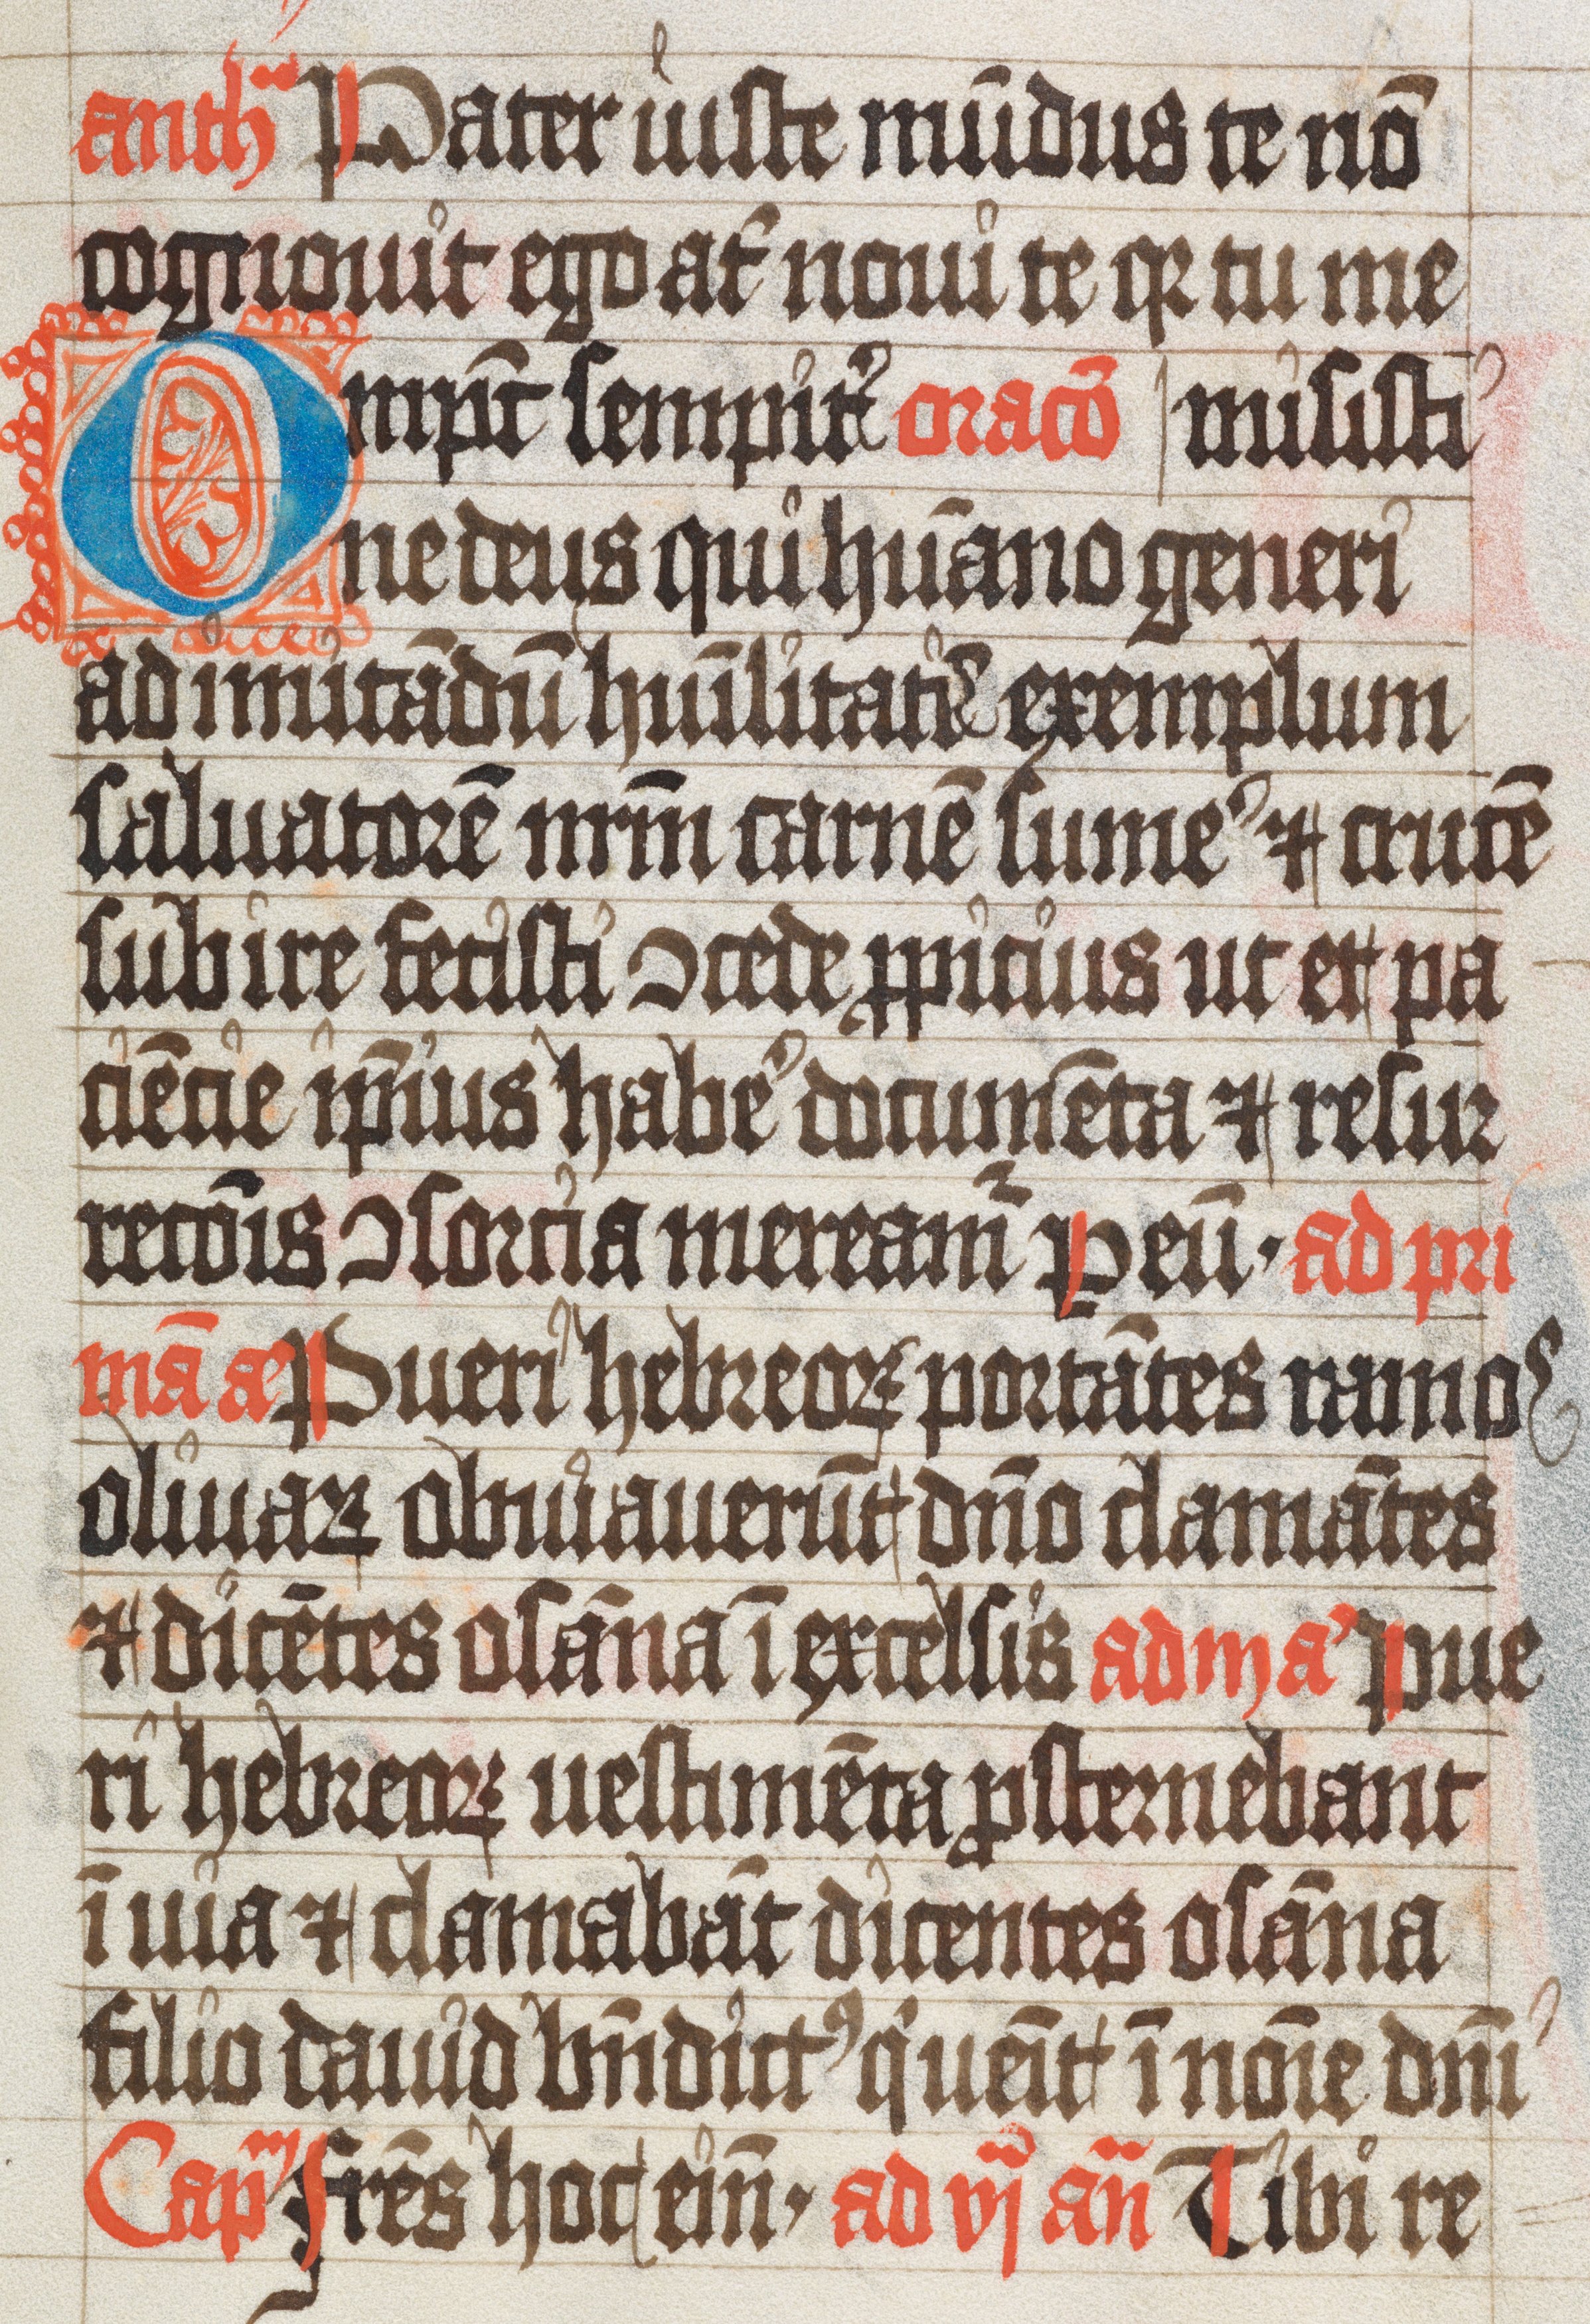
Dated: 1450–1530